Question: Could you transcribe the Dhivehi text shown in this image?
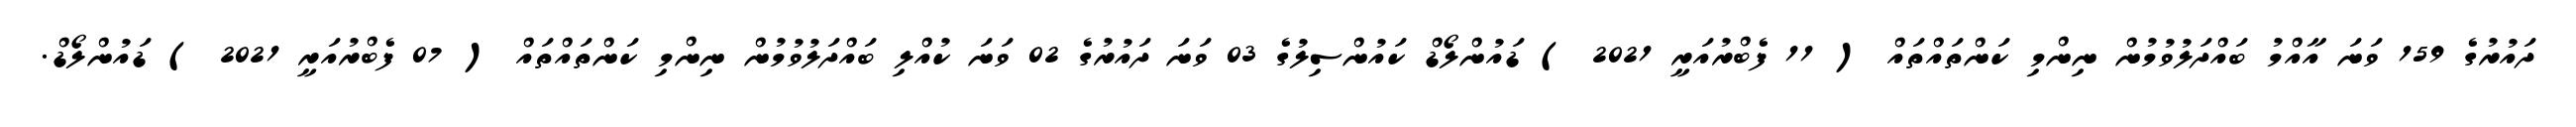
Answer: ދައުރުގެ 159 ވަނަ އާއްމު ބައްދަލުވުމުން ނިންމި ކަންތައްތައް ( 11 ފެބްރުއަރީ 2021 ) ޑައުންލޯޑް ކައުންސިލުގެ 03 ވަނަ ދައުރުގެ 02 ވަނަ ކުއްލި ބައްދަލުވުމުން ނިންމި ކަންތައްތައް ( 07 ފެބްރުއަރީ 2021 ) ޑައުންލޯޑް.